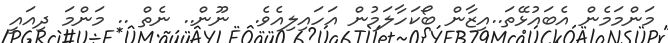
މަންމަމެން އެބައުޅޭތަ..އިޒާން ބޯކަހާލަމުން އަހައިލިއެވެ.  ނޫން.. ނެތް .. މަންމަ ދިއައީ